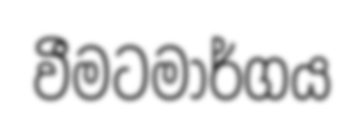
වීමටමාර්ගය